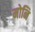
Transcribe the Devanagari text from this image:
मोनि